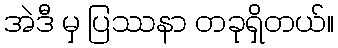
အဲဒီ မှ ပြဿနာ တခုရှိတယ်။